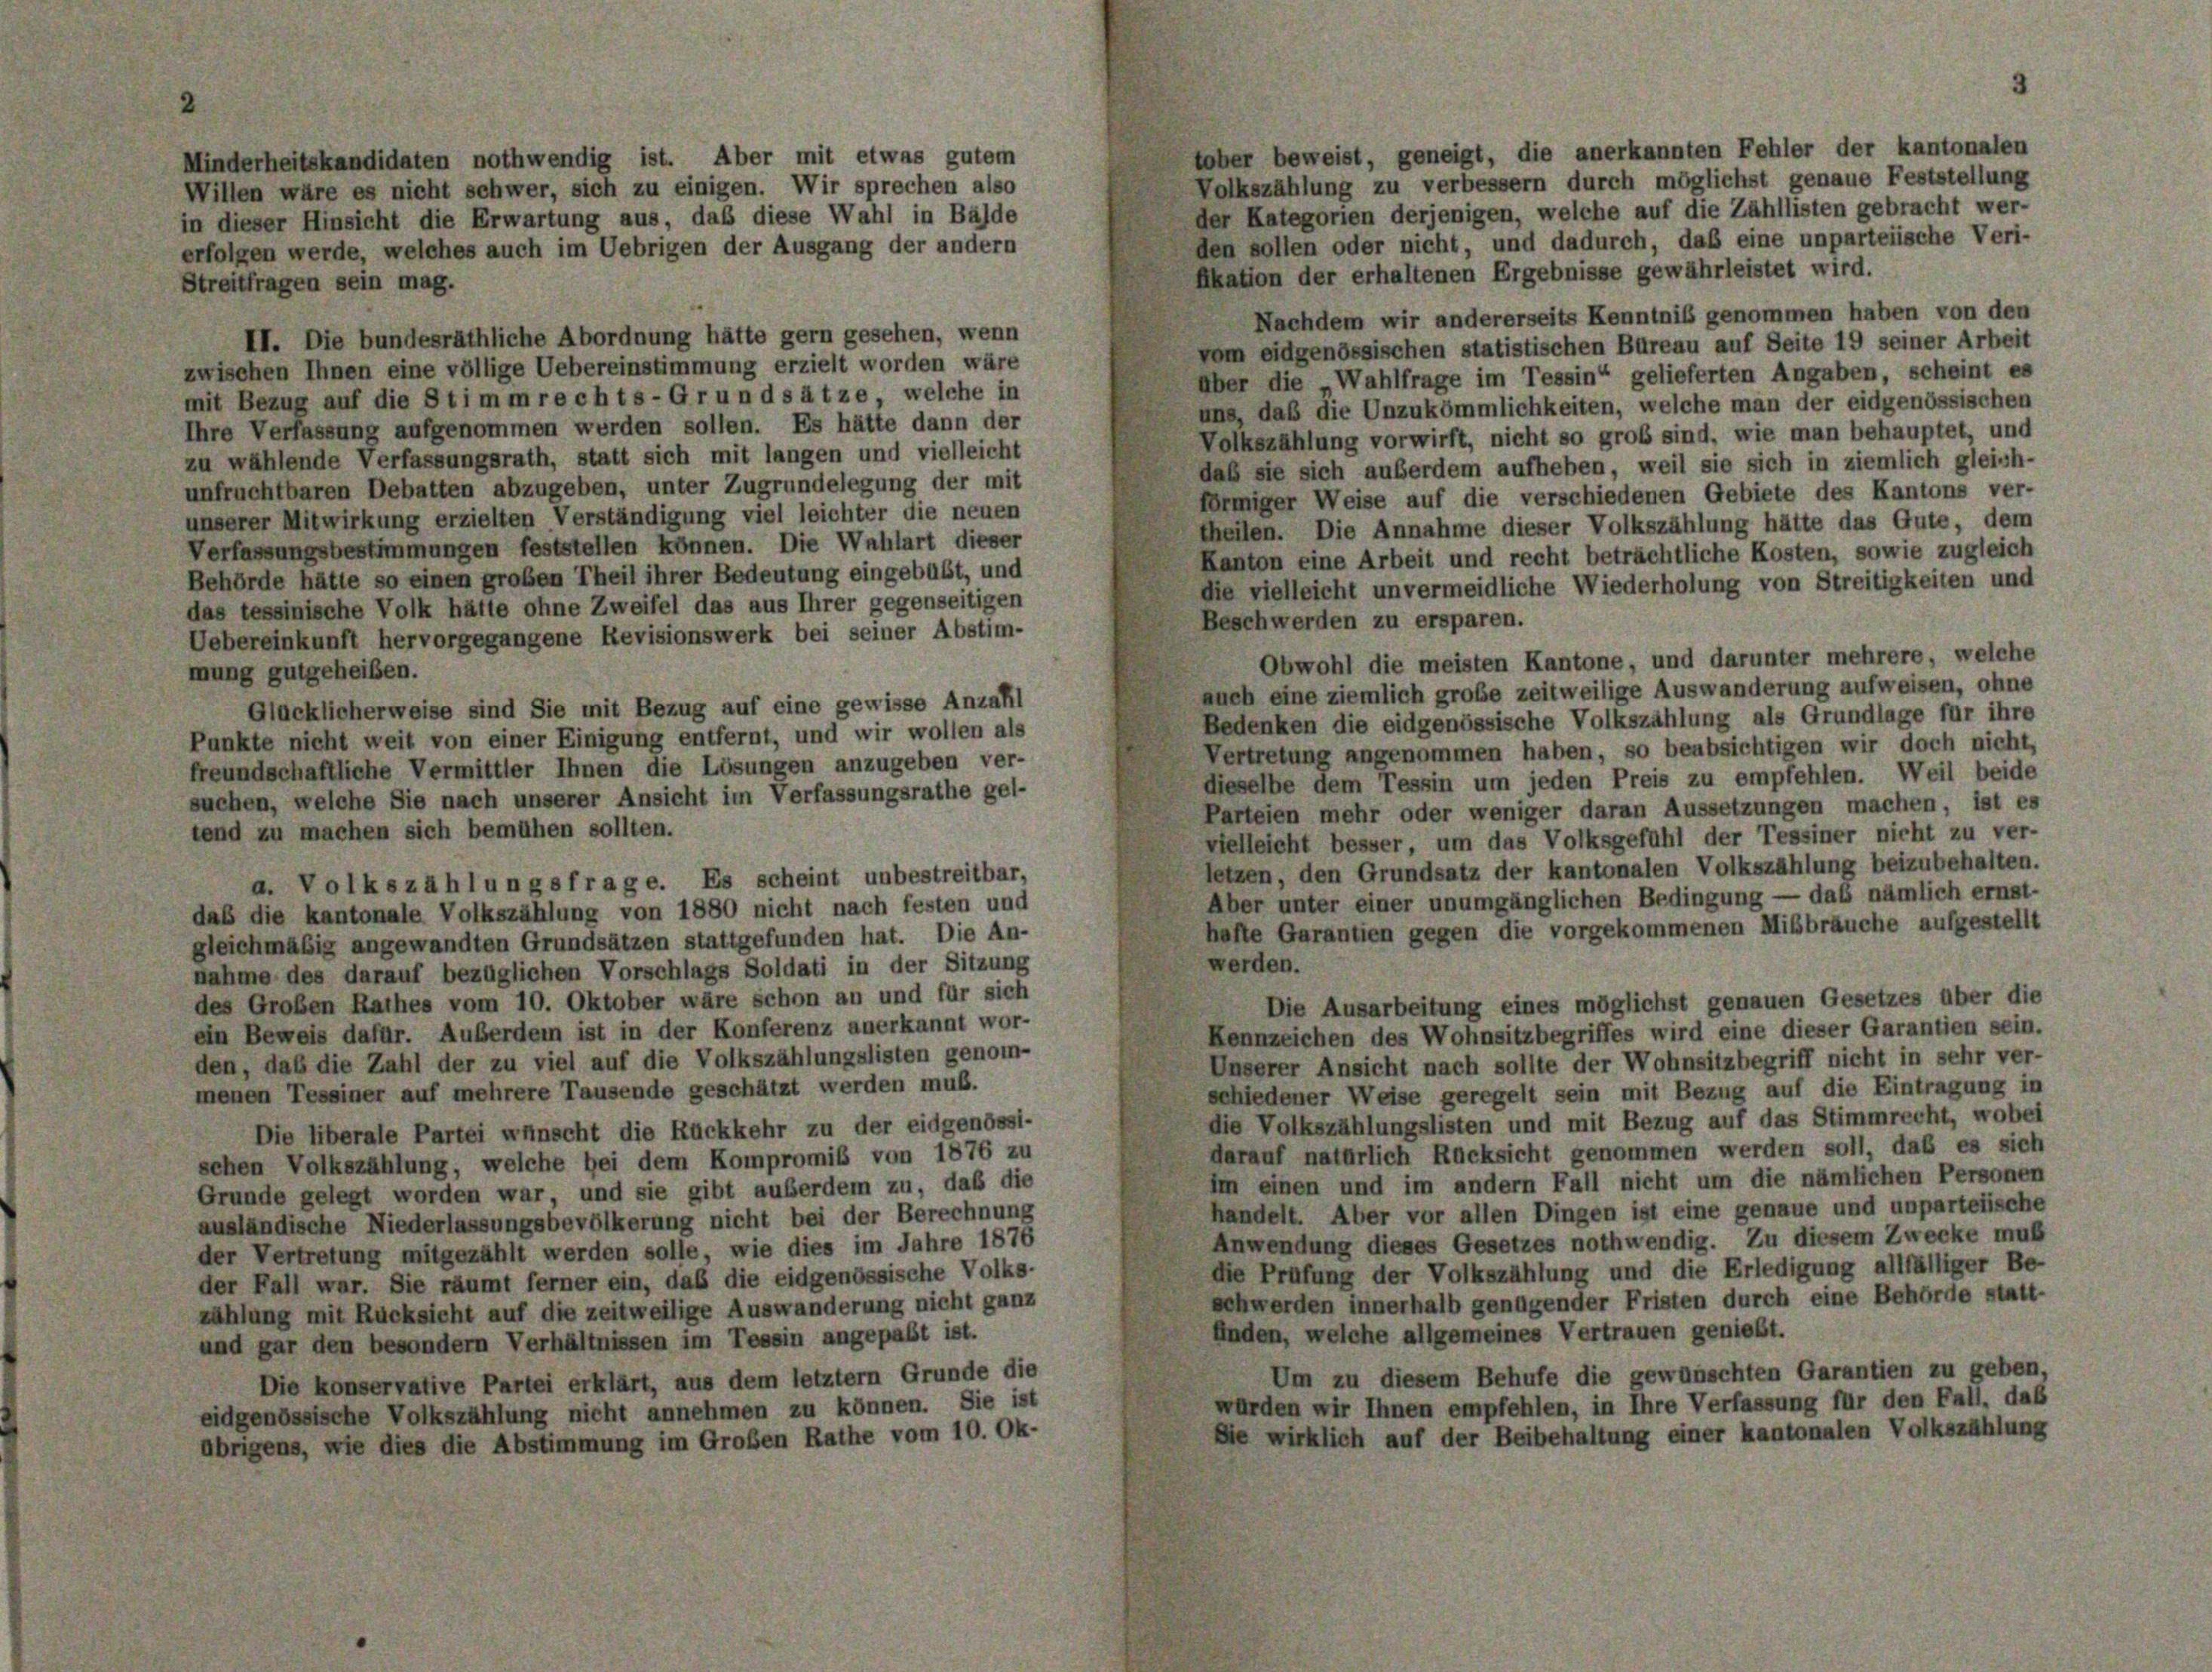
tober beweist, geneigt, die anerkannten Fehler der kantonalen
Minderheitskandidaten nothwendig ist. Aber mit etwas gutem
Volkszählung zu verbessern durch möglichst genaue Feststellung
Willen wäre es nicht schwer, sich zu einigen. Wir sprechen also
der Kategorien derjenigen, welche auf die Zähllisten gebracht wer-
in dieser Hinsicht die Erwartung aus, daß diese Wahl in Bälde
den sollen oder nicht, und dadurch, daß eine unparteiische Veri-
erfolgen werde, welches auch im Uebrigen der Ausgang der andern
fikation der erhaltenen Ergebnisse gewährleistet wird.
Streitfragen sein mag.
Nachdem wir andererseits Kenntniß genommen haben von den
II. Die bundesräthliche Abordnung hätte gern gesehen, wenn
vom eidgenössischen statistischen Bureau auf Seite 19 seiner Arbeit
zwischen Ihnen eine völlige Uebereinstimmung erzielt worden wäre
Über die Wahlfrage im Tessin“ gelieferten Angaben, scheint es
mit Bezug auf die Stimmrechts-Grundsätze, welche in
uns, daß die Unzukömmlichkeiten, welche man der eidgenössischen
Ihre Verfassung aufgenommen werden sollen. Es hätte dann der
Volkszählung vorwirft, nicht so groß sind, wie man behauptet, und
zu wählende Verfassungsrath, statt sich mit langen und vielleicht
daß sie sich außerdem aufheben, weil sie sich in ziemlich gleich-
unfruchtbaren Debatten abzugeben, unter Zugrundelegung der mit
förmiger Weise auf die verschiedenen Gebiete des Kantons ver-
unserer Mitwirkung erzielten Verständigung viel leichter die neuen
theilen. Die Annahme dieser Volkszählung hätte das Gute, dem
Verfassungsbestimmungen feststellen können. Die Wahlart dieser
Kanton eine Arbeit und recht beträchtliche Kosten, sowie zugleich
Behörde hätte so einen großen Theil ihrer Bedeutung eingebüßt, und
die vielleicht unvermeidliche Wiederholung von Streitigkeiten und
das tessinische Volk hätte ohne Zweifel das aus Ihrer gegenseitigen
Beschwerden zu ersparen.
Uebereinkunft hervorgegangene Revisionswerk bei seiner Abstim-
Obwohl die meisten Kantone, und darunter mehrere, welche
mung gutgeheiben.
auch eine ziemlich große zeitweilige Auswanderung aufweisen, ohne
Glücklicherweise sind Sie mit Bezug auf eine gewisse Anzahl
Bedenken die eidgenössische Volkszählung als Grundlage für ihre
Punkte nicht weit von einer Einigung entfernt, und wir wollen als
Vertretung angenommen haben, so beabsichtigen wir doch nicht,
freundschaftliche Vermittler Ihnen die Lösungen anzugeben ver-
dieselbe dem Tessin um jeden Preis zu empfehlen. Weil beide
suchen, welche Sie nach unserer Ansicht im Verfassungsrathe gel-
Parteien mehr oder weniger daran Aussetzungen machen, ist es
tend zu machen sich bemühen sollten.
vielleicht besser, um das Volksgefühl der Tessiner nicht zu ver-
letzen, den Grundsatz der kantonalen Volkszählung beizubehalten.
a. Volkszählungsfrage. Es scheint unbestreitbar,
Aber unter einer unumgänglichen Bedingung — daß nämlich ernst-
daß die kantonale Volkszählung von 1880 nicht nach festen und
hafte Garantien gegen die vorgekommenen Mißbräuche aufgestellt
gleichmäßig angewandten Grundsätzen stattgefunden hat. Die An-
werden.
nahme des darauf bezüglichen Vorschlags Soldati in der Sitzung
des Großen Rathes vom 10. Oktober wäre schon an und für sich
Die Ausarbeitung eines möglichst genauen Gesetzes über die
ein Beweis dafür. Außerdem ist in der Konferenz anerkannt wor-
Kennzeichen des Wohnsitzbegriffes wird eine dieser Garantien sein.
den, daß die Zahl der zu viel auf die Volkszählungslisten genom-
Unserer Ansicht nach sollte der Wohnsitzbegriff nicht in sehr ver-
menen Tessiner auf mehrere Tausende geschätzt werden muß.
schiedener Weise geregelt sein mit Bezug auf die Eintragung in
die Volkszählungslisten und mit Bezug auf das Stimmrecht, wobei
Die liberale Partei wünscht die Rückkehr zu der eidgenössi-
darauf natürlich Rücksicht genommen werden soll, daß es sich
schen Volkszählung, welche bei dem Kompromiß von 1876 zu
Im einen und im andern Fall nicht um die nämlichen Personen
Grunde gelegt worden war, und sie gibt außerdem zu, daß die
handelt. Aber vor allen Dingen ist eine genaue und unparteiische
ausländische Niederlassungsbevölkerung nicht bei der Berechnung
Anwendung dieses Gesetzes nothwendig. Zu diesem Zwecke muß
der Vertretung mitgezählt werden solle, wie dies im Jahre 1876
die Prüfung der Volkszählung und die Erledigung allfälliger Be-
der Fall war. Sie räumt ferner ein, daß die eidgenössische Volks-
schwerden innerhalb genügender Fristen durch eine Behörde statt-
zählung mit Rücksicht auf die zeitweilige Auswanderung nicht ganz
finden, welche allgemeines Vertrauen genießt.
und gar den besondern Verhältnissen im Tessin angepaßt ist.
Um zu diesem Behufe die gewünschten Garantien zu geben
Die konservative Partei erklärt, aus dem letztem Grunde die
würden wir Ihnen empfehlen, in Ihre Verfassung für den Fall, daß
eidgenössische Volkszählung nicht annehmen zu können. Sie ist
Sie wirklich auf der Beibehaltung einer kantonalen Volkszählung
übrigens, wie dies die Abstimmung im Großen Rathe vom 10. Ok-